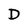
Character: D